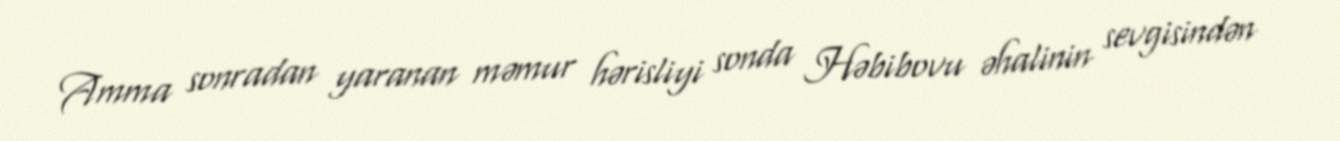
Amma sonradan yaranan məmur hərisliyi sonda Həbibovu əhalinin sevgisindən